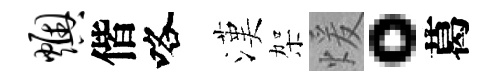
燠偕咯漢架煖。葛